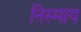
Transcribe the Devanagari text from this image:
निस्माय